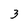
Character: 3